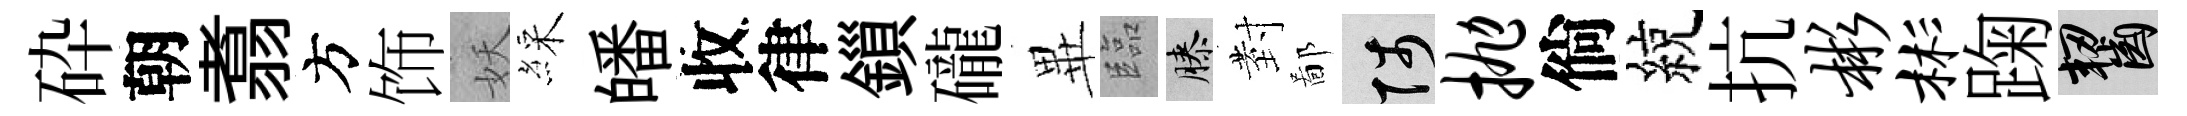
砕朝翥方饰妖綵皤收律鎻礲𭺾臨膝𭔹鄙陟抛倘綂抗彬彬踘齧